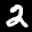
Label: 2